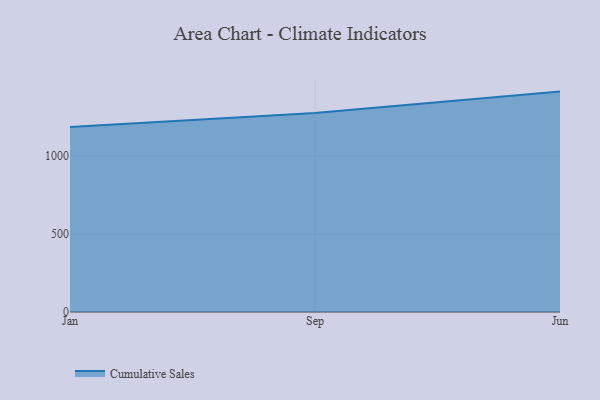
{"axis": {"x": "Month", "y": "Churn Rate (%)"}, "legend": ["Cumulative Sales"], "data": [{"x": "Jan", "y": 1185.0, "type": "Cumulative Sales"}, {"x": "Sep", "y": 1274.5, "type": "Cumulative Sales"}, {"x": "Jun", "y": 1411.9, "type": "Cumulative Sales"}]}